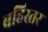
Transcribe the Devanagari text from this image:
बहिस्तर